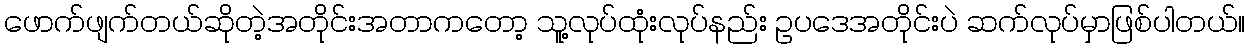
ဖောက်ဖျက်တယ်ဆိုတဲ့အတိုင်းအတာကတော့ သူ့လုပ်ထုံးလုပ်နည်း ဥပဒေအတိုင်းပဲ ဆက်လုပ်မှာဖြစ်ပါတယ်။